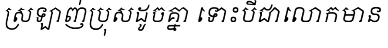
ស្រឡាញ់ប្រុសដូចគ្នា ទោះបីជាលោកមាន